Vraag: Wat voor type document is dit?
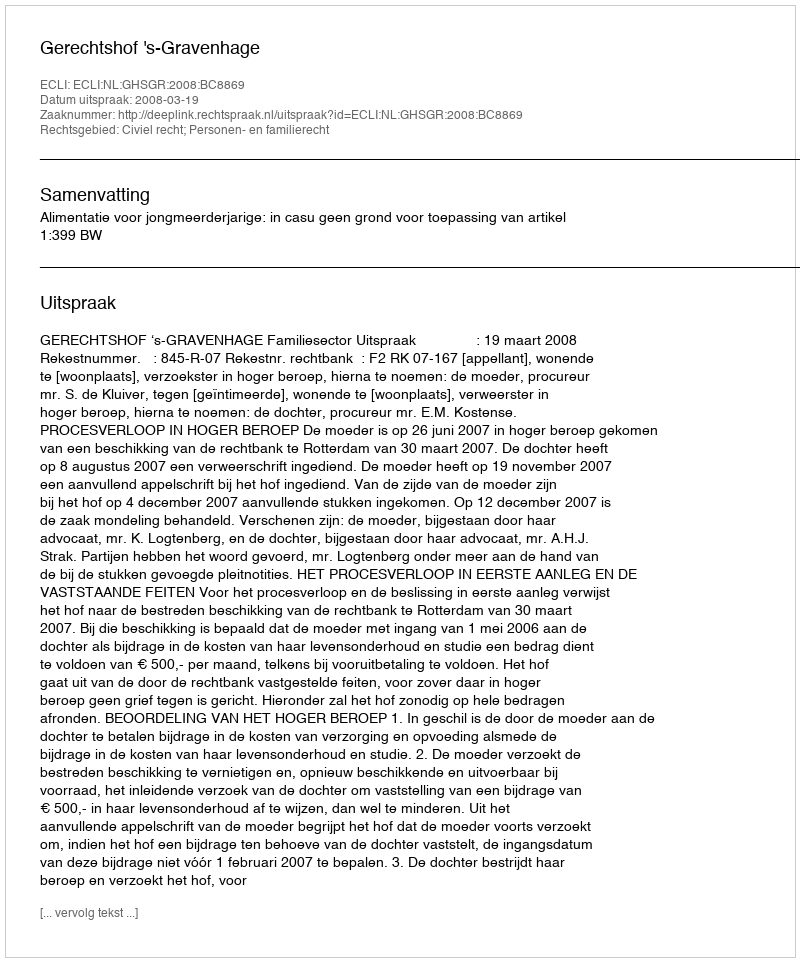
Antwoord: Uitspraak